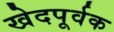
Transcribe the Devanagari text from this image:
खेदपूर्वक